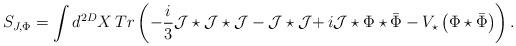
LaTeX: \begin{align*}S_{J,\Phi }=\int d^{2D}X\,Tr\left( -\frac{i}{3}\mathcal{J}\star\mathcal{J} \star \mathcal{J}-\mathcal{J}\star\mathcal{J}\mathbf{+\,}i\mathcal{J}\star \Phi \star\bar{\Phi}-V_{\star }\left( \Phi \star \bar{\Phi}\right) \right) .\end{align*}